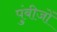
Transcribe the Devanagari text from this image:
पुंबीजों